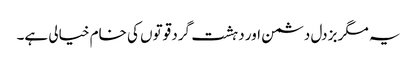
یہ مگر بزدل دشمن اور دہشت گرد قوتوں کی خام خیالی ہے۔